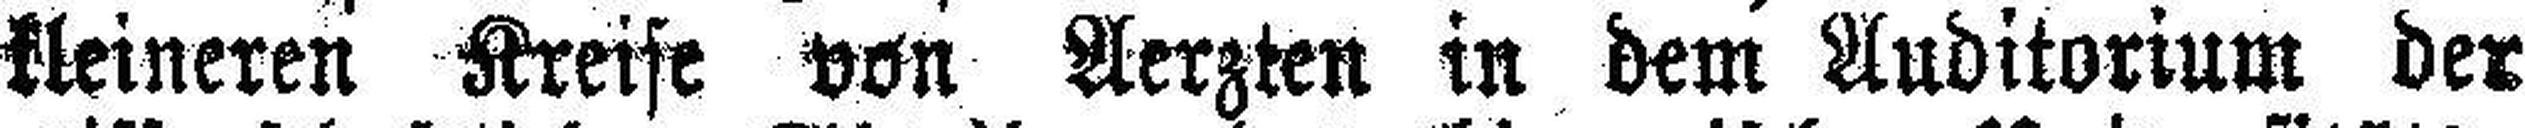
kleineren Kreise von Aerzten in dem Auditorium der